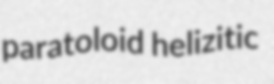
paratoloid helizitic